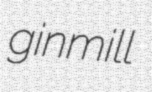
ginmill